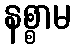
နစ္စာမ